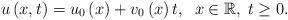
LaTeX: \begin{align*}u\left( x,t\right) =u_{0}\left( x\right) +v_{0}\left( x\right) t,\;\;x\in\mathbb{R},\;t\geq 0. \end{align*}